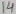
Text: 14